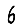
Digit: 6